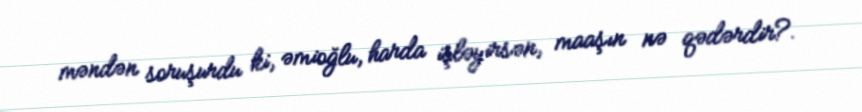
məndən soruşurdu ki, əmioğlu, harda işləyirsən, maaşın nə qədərdir?.